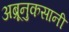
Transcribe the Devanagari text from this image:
अब्रूनुकसानी